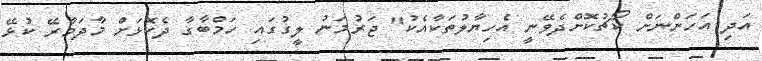
އަދި އަހަންނަށް ކޯޗުކޮށްދެވޭނީ އެހިޔާލުތަކާއެކު" ޖަރުމަނު ލީގުގައި ހަމްބާގާ ދެކޮޅަށް މާދަމާރޭ ކުޅޭ